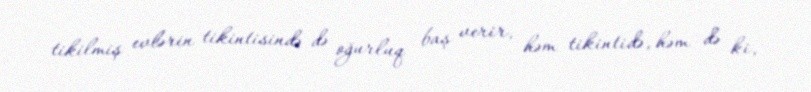
tikilmiş evlərin tikintisində də oğurluq baş verir, həm tikintidə, həm də ki,